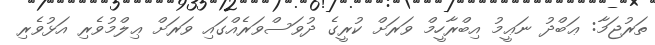
ތަރުޖަމާ: ޢަބްދު ނަޢީމު އިބްރާހީމް ވަރަށް ކުރީގެ ދުވަސްވަރެއްގައި ވަރަށް ޢިލްމުވެރި އަޅުވެރި